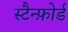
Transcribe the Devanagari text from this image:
स्टैन्फ़ोर्ड